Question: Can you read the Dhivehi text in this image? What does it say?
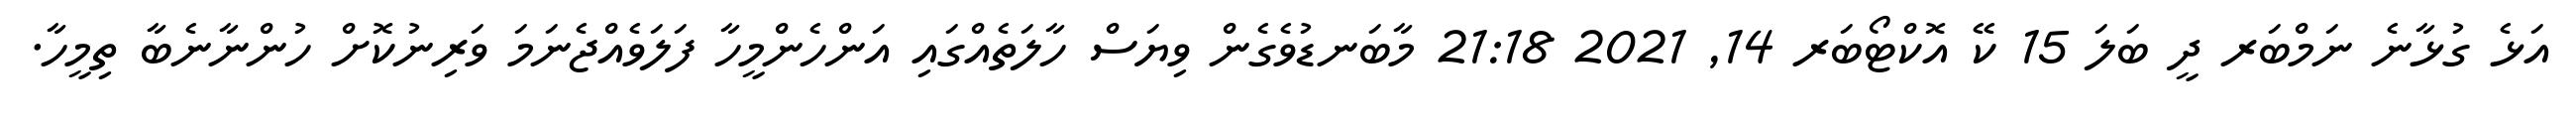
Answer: އަޅެ ގުޅާނެ ނަމްބަރ ދީ ބަލަ 15 ކޭ އޮކްޓޯބަރ 14, 2021 21:18 މާބަނޑުވެގެން ވިޔަސް ހާލަތެއްގައި އަންހެންމީހާ ފަލަވެއްޖެނަމަ ވަރިނުކޮށް ހުންނާނެބާ ތިމީހާ.